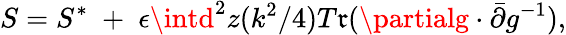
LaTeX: S=S^{*}\; +\; \epsilon\intd^{2}z(k^{2}/4)T\mathfrak{r}(\partialg\cdot\bar{{\partial}}g^{-1}),